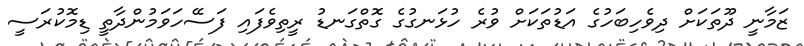
ޒަމާނީ ދޫތަކަށް ދިވެހިބަހުގެ އަޑުތަކަށް ވުރެ ހުޅަނގުގެ ގޮތްގަނޑު ރީތިވެފައި ފަސޭހަވަމުންދާތީ ޑިމޮކުރަސީ